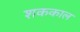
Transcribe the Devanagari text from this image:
शककाल